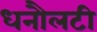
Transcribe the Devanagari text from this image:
धनौलटी